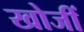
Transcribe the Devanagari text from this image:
खोजीं